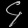
Digit: ၄